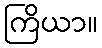
ကြိယာ။